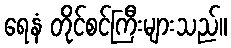
ရေနံ တိုင်စင်ကြီးများသည်။